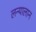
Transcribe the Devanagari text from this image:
लन्यालान